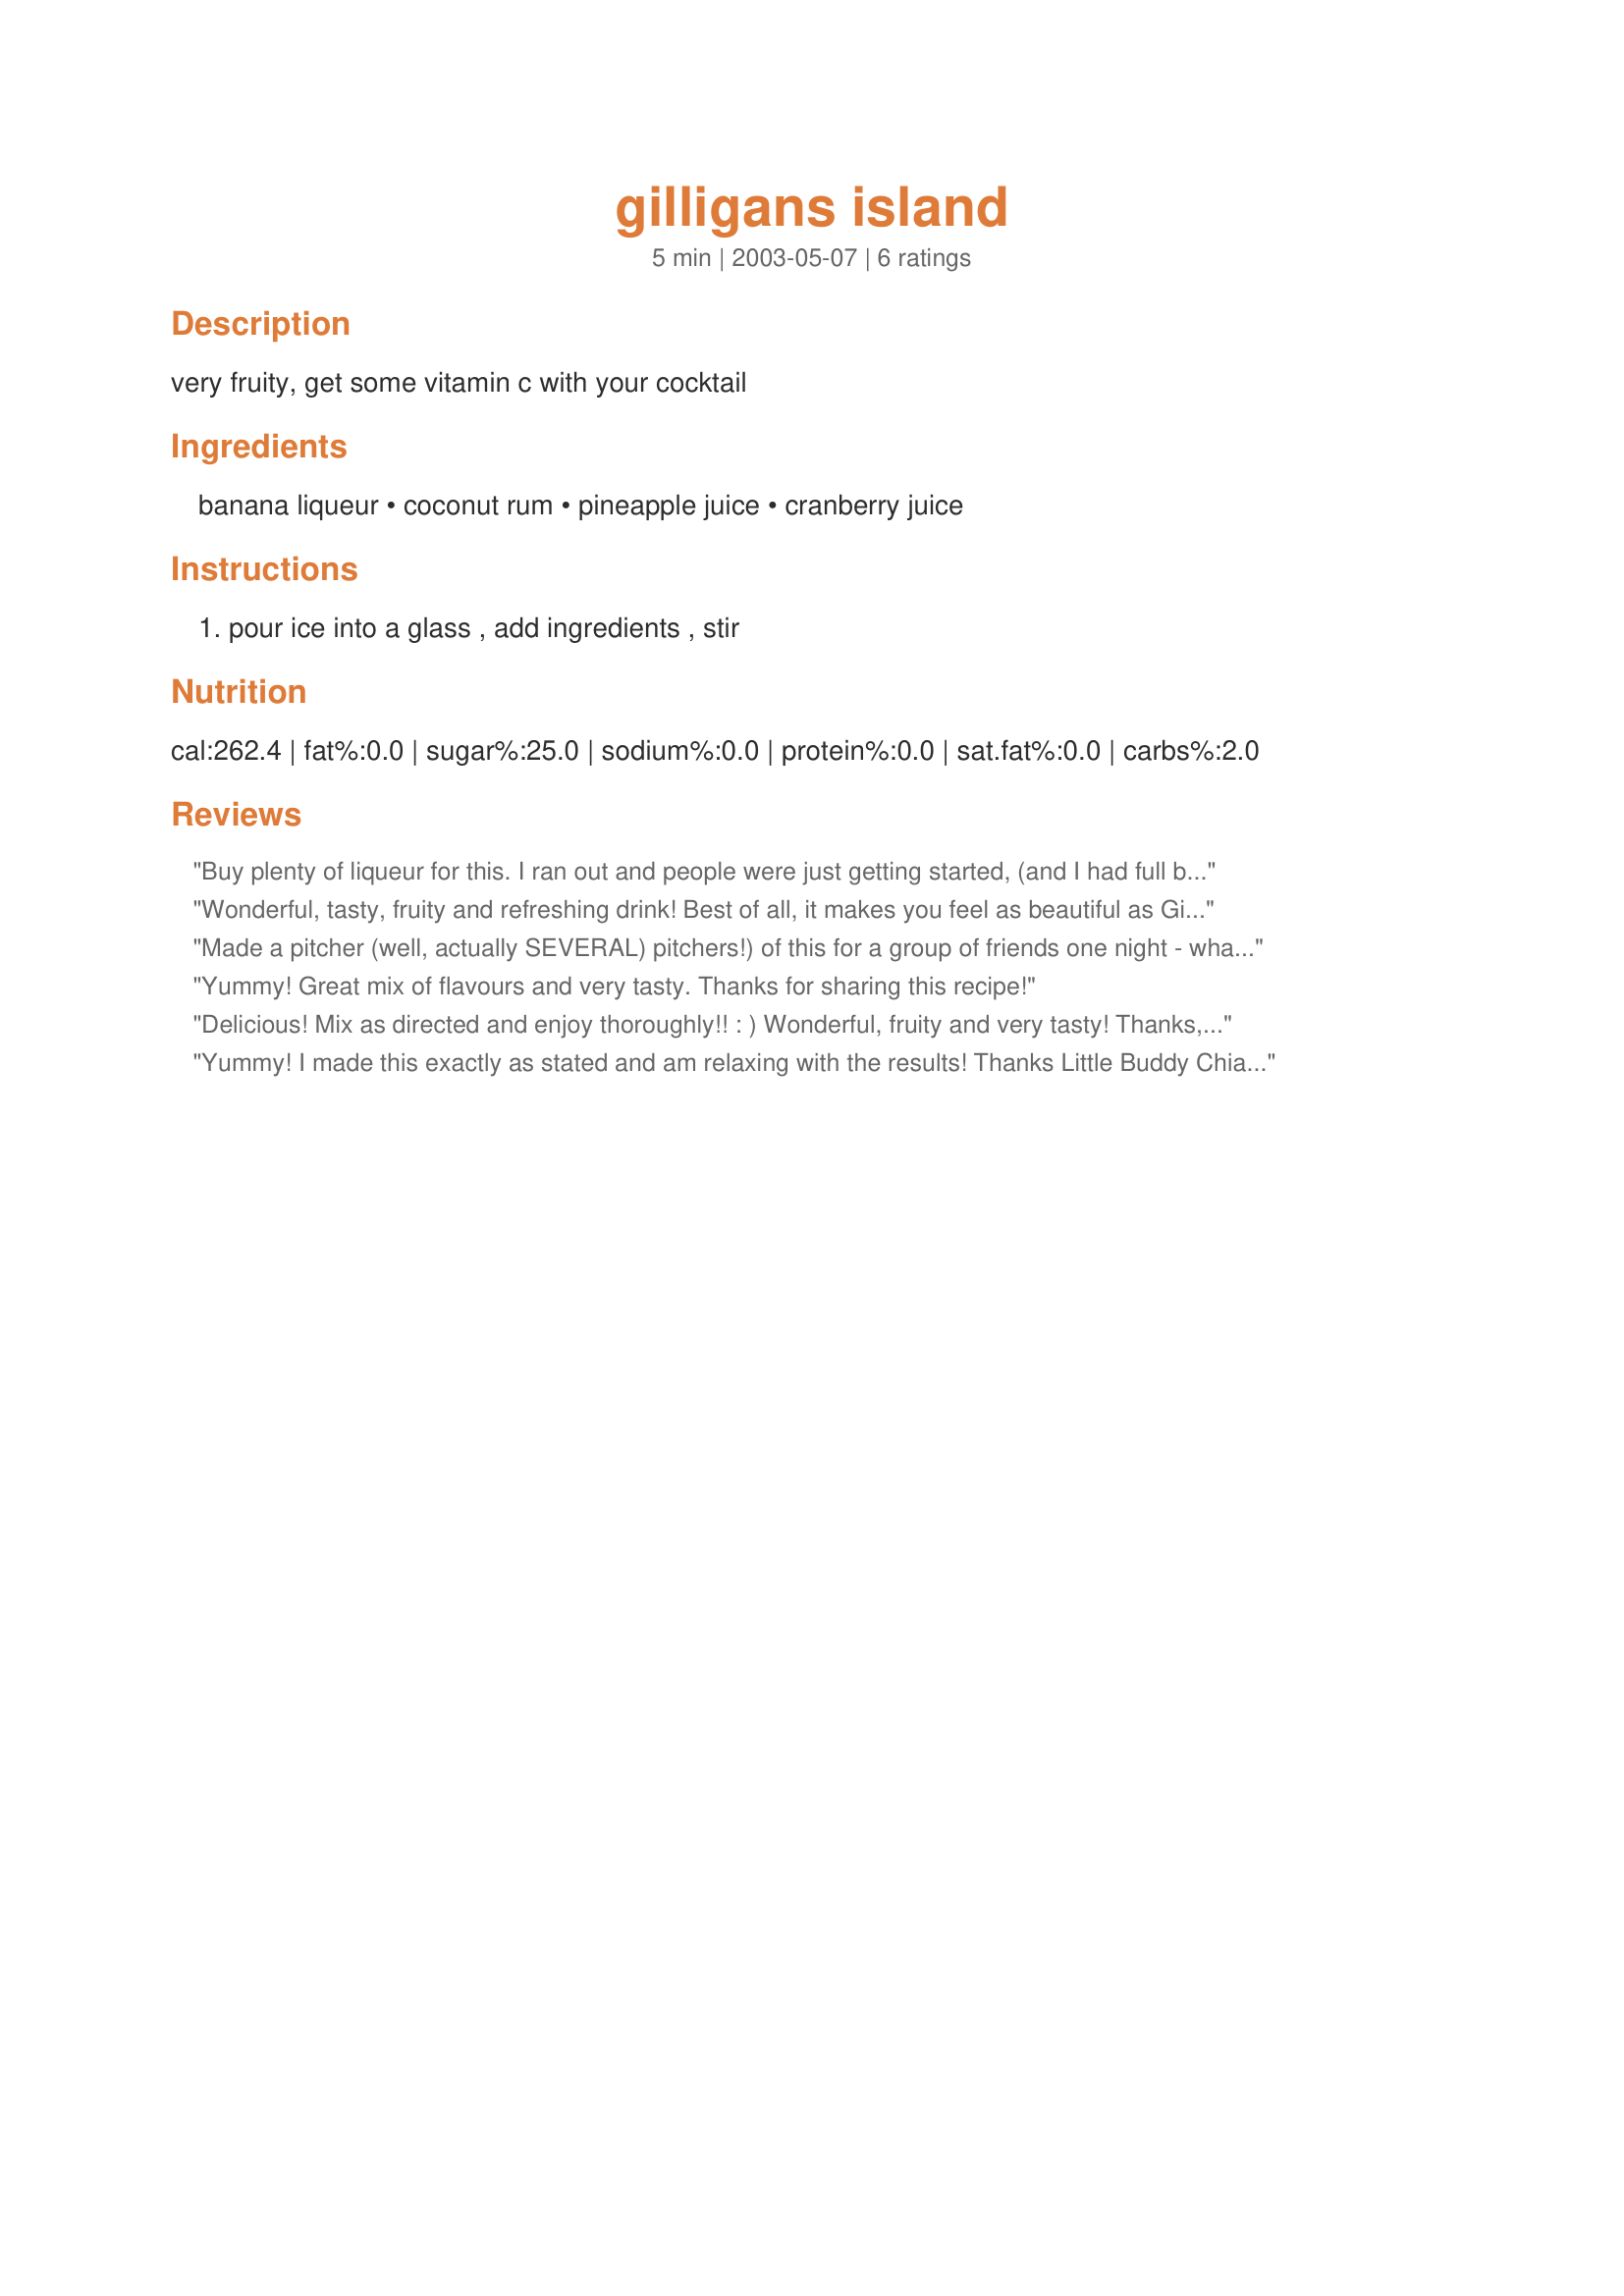
gilligans island
Preparation time: 5 minutes

very fruity, get some vitamin c with your cocktail

Ingredients:
banana liqueur, coconut rum, pineapple juice, cranberry juice

Steps:
pour ice into a glass , add ingredients , stir

Reviews:
Buy plenty of liqueur for this. I ran out and people were just getting started, (and I had full bottles) It was a big big hit, so yummy! Thanks for a great recipe.
Wonderful, tasty, fruity and refreshing drink! Best of all, it makes you feel as beautiful as Ginger (as beautiful as she WAS in the '70's, that is)! Loved it! Will make again. Thanx!
Made a pitcher (well, actually SEVERAL) pitchers!) of this for a group of friends one night - what a big hit!!!! Added a little bit more rum than called for but what a tropical, fruity drink!
Yummy! Great mix of flavours and very tasty. Thanks for sharing this recipe!
Delicious! Mix as directed and enjoy thoroughly!! : ) Wonderful, fruity and very tasty! 
Thanks, Chia!
Yummy! I made this exactly as stated and am relaxing with the results! Thanks Little Buddy Chia for the new addition to my drinks repertoire!
